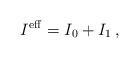
LaTeX: \begin{align*}I^{\rm eff} = I_0 + I_1 \, , \end{align*}